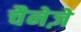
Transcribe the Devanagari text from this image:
चैनेज़े